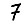
Digit: 7